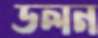
ডলন